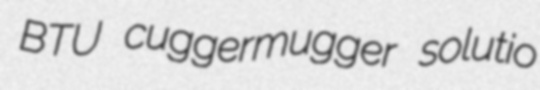
BTU cuggermugger solutio